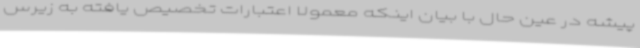
پیشه در عین حال با بیان اینکه معمولا اعتبارات تخصیص یافته به زیرس